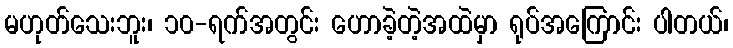
မဟုတ်သေးဘူး၊ ၁၀-ရက်အတွင်း ဟောခဲ့တဲ့အထဲမှာ ရုပ်အကြောင်း ပါတယ်၊